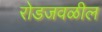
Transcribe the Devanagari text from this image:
रोडजवळील